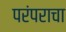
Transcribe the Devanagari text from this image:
परंपराचा